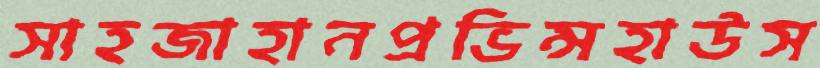
সাহজাহানপ্রভিন্সহাউস